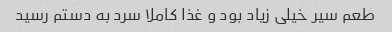
طعم سیر خیلی زیاد بود و غذا کاملا سرد به دستم رسید